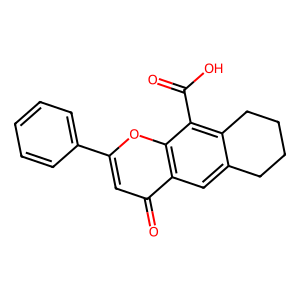
SMILES: O=C(O)c1c2c(cc3c(=O)cc(-c4ccccc4)oc13)CCCC2
Inhibits HIV replication: No